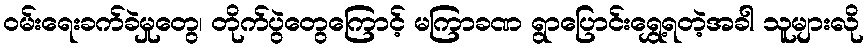
ဝမ်းရေးခက်ခဲမှုတွေ၊ တိုက်ပွဲတွေကြောင့် မကြာခဏ ရွာပြောင်းရွှေ့ရတဲ့အခါ သူများလို